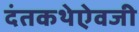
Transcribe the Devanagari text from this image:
दंतकथेऐवजी